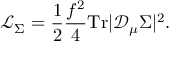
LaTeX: \mathcal { L } _ { \Sigma } = \frac { 1 } { 2 } \frac { f ^ { 2 } } { 4 } \mathrm { T r } | \mathcal { D } _ { \mu } \Sigma | ^ { 2 } .